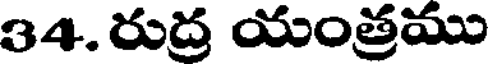
34. రుద్ర యంత్రము